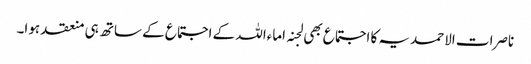
ناصرات الاحمدیہ کا اجتماع بھی لجنہ اماءاللہ کے اجتماع کے ساتھ ہی منعقد ہوا۔